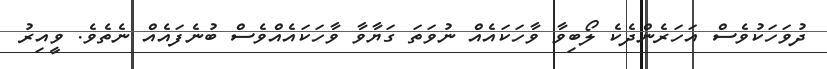
ދުވަހަކުވެސް އަހަރެންދެކެ ލޯބިވާ ވާހަކައެއް ނުވަތަ ގަޔާވާ ވާހަކައެއްވެސް ބުނެފައެއް ނެތެވެ. ވީއިރު